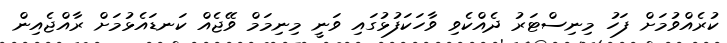
ކުރެއްވުމަށް ފަހު މިނިސްޓަރު ދެއްކެވި ވާހަކަފުޅުގައި ވަނީ މިނިމަމް ވޭޖެއް ކަނޑައެޅުމަށް ރާއްޖެއިން